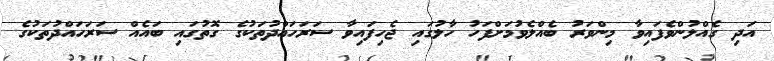
އަދި ގެއްލުންވެފައިވާ މިންވަރު ބެއްލެވުމަށްފަހު ހާލުގައި ޖެހިފައިވާ ސަރަހައްދުތަކުގެ ގޮތުގައި ބައެއް ސަރަހައްދުތަކުގެ